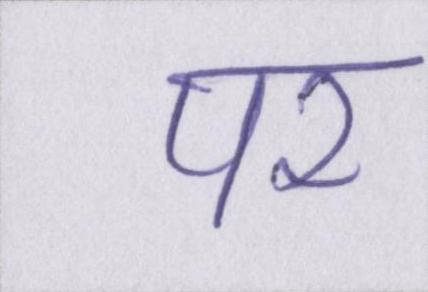
पर